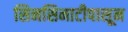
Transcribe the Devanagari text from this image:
सिनसिनाटीपासून